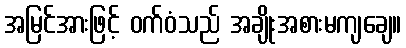
အမြင်အားဖြင့် ဝက်ဝံသည် အချိုးအစားမကျချေ။